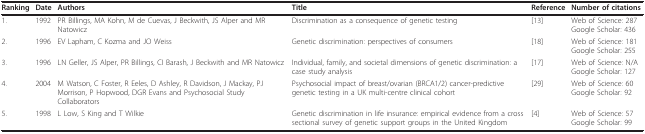
<table><thead><tr><td><b>Ranking</b></td><td><b>Date</b></td><td><b>Authors</b></td><td><b>Title</b></td><td><b>Reference</b></td><td><b>Number of citations</b></td></tr></thead><tbody><tr><td>1.</td><td>1992</td><td>PR Billings, MA Kohn, M de Cuevas, J Beckwith, JS Alper and MR Natowicz</td><td>Discrimination as a consequence of genetic testing</td><td>[13]</td><td>Web of Science: 287Google Scholar: 436</td></tr><tr><td>2.</td><td>1996</td><td>EV Lapham, C Kozma and JO Weiss</td><td>Genetic discrimination: perspectives of consumers</td><td>[18]</td><td>Web of Science: 181Google Scholar: 255</td></tr><tr><td>3.</td><td>1996</td><td>LN Geller, JS Alper, PR Billings, CI Barash, J Beckwith and MR Natowicz</td><td>Individual, family, and societal dimensions of genetic discrimination: a case study analysis</td><td>[17]</td><td>Web of Science: N/AGoogle Scholar: 127</td></tr><tr><td>4.</td><td>2004</td><td>M Watson, C Foster, R Eeles, D Ashley, R Davidson, J Mackay, PJ Morrison, P Hopwood, DGR Evans and Psychosocial Study Collaborators</td><td>Psychosocial impact of breast/ovarian (BRCA1/2) cancer-predictive genetic testing in a UK multi-centre clinical cohort</td><td>[29]</td><td>Web of Science: 60Google Scholar: 92</td></tr><tr><td>5.</td><td>1998</td><td>L Low, S King and T Wilkie</td><td>Genetic discrimination in life insurance: empirical evidence from a cross sectional survey of genetic support groups in the United Kingdom</td><td>[4]</td><td>Web of Science: 57Google Scholar: 99</td></tr></tbody></table>